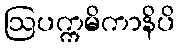
ဩပက္ကမိကာနိပိ